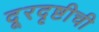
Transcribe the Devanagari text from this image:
दूरदृष्टीची